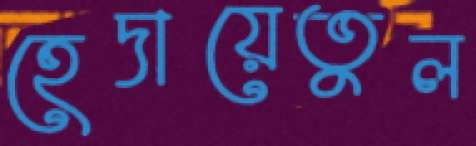
হেদায়েতুল